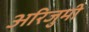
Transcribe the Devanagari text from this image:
अरिजुमी